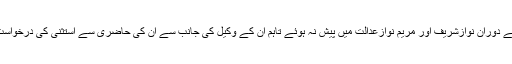
سماعت کے دوران نوازشریف اور مریم نوازعدالت میں پیش نہ ہوئے تاہم ان کے وکیل کی جانب سے ان کی حاضری سے استثنیٰ کی درخواست کی گئی۔